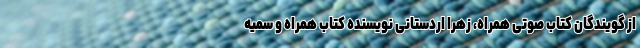
از گویندگان کتاب صوتی همراه، زهرا اردستانی نویسنده کتاب همراه و سمیه